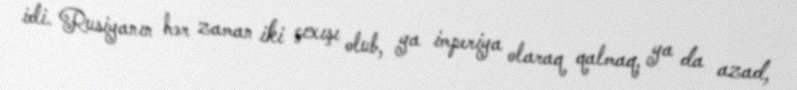
idi. Rusiyanın hər zaman iki çıxışı olub, ya imperiya olaraq qalmaq, ya da azad,